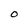
Character: O